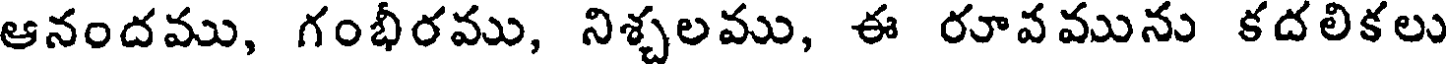
ఆనందము, గంభీరము, నిశ్చలము, ఈ రూవమును కదలికలు